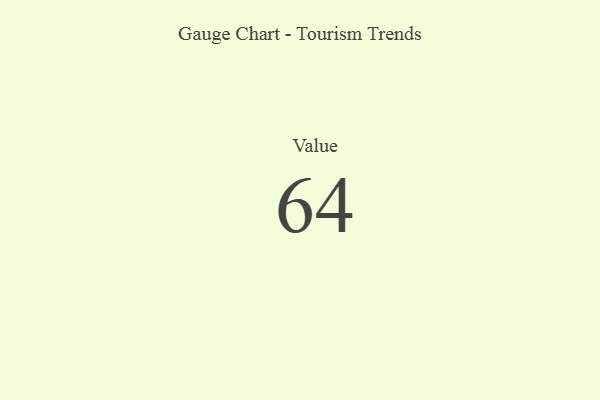
{"axis": {"x": "Metric", "y": "Value"}, "legend": [""], "data": [{"x": "Value", "y": 64, "type": ""}]}